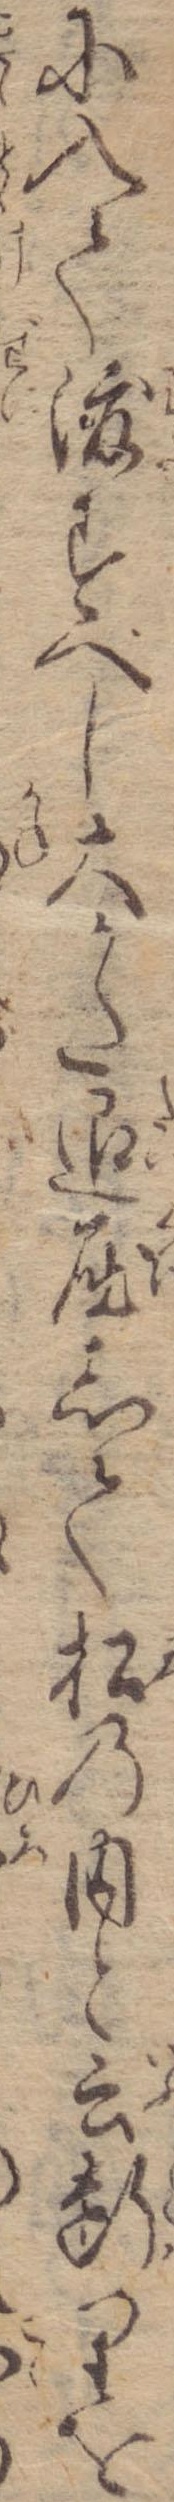
に入て渡すべし大かた退屈して松の内と云断りを